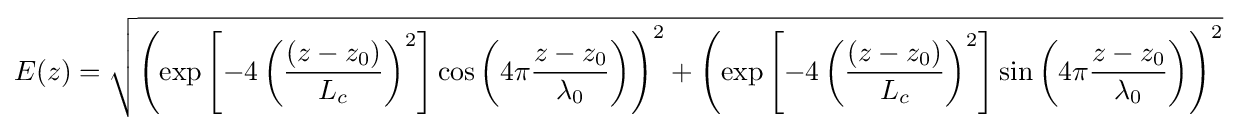
E(z)={\sqrt {\left(\exp \left[-4\left({\frac {\left(z-z_{0}\right)}{L_{c}}}\right)^{2}\right]\cos \left(4\pi {\frac {z-z_{0}}{\lambda _{0}}}\right)\right)^{2}+\left(\exp \left[-4\left({\frac {\left(z-z_{0}\right)}{L_{c}}}\right)^{2}\right]\sin \left(4\pi {\frac {z-z_{0}}{\lambda _{0}}}\right)\right)^{2}}}